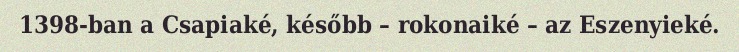
1398-ban a Csapiaké, később – rokonaiké – az Eszenyieké.